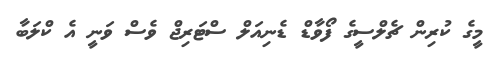
މީގެ ކުރިން ޗެލްސީގެ ފޯވާޑް ޑެނިއަލް ސްޓަރިޖް ވެސް ވަނީ އެ ކްލަބާ